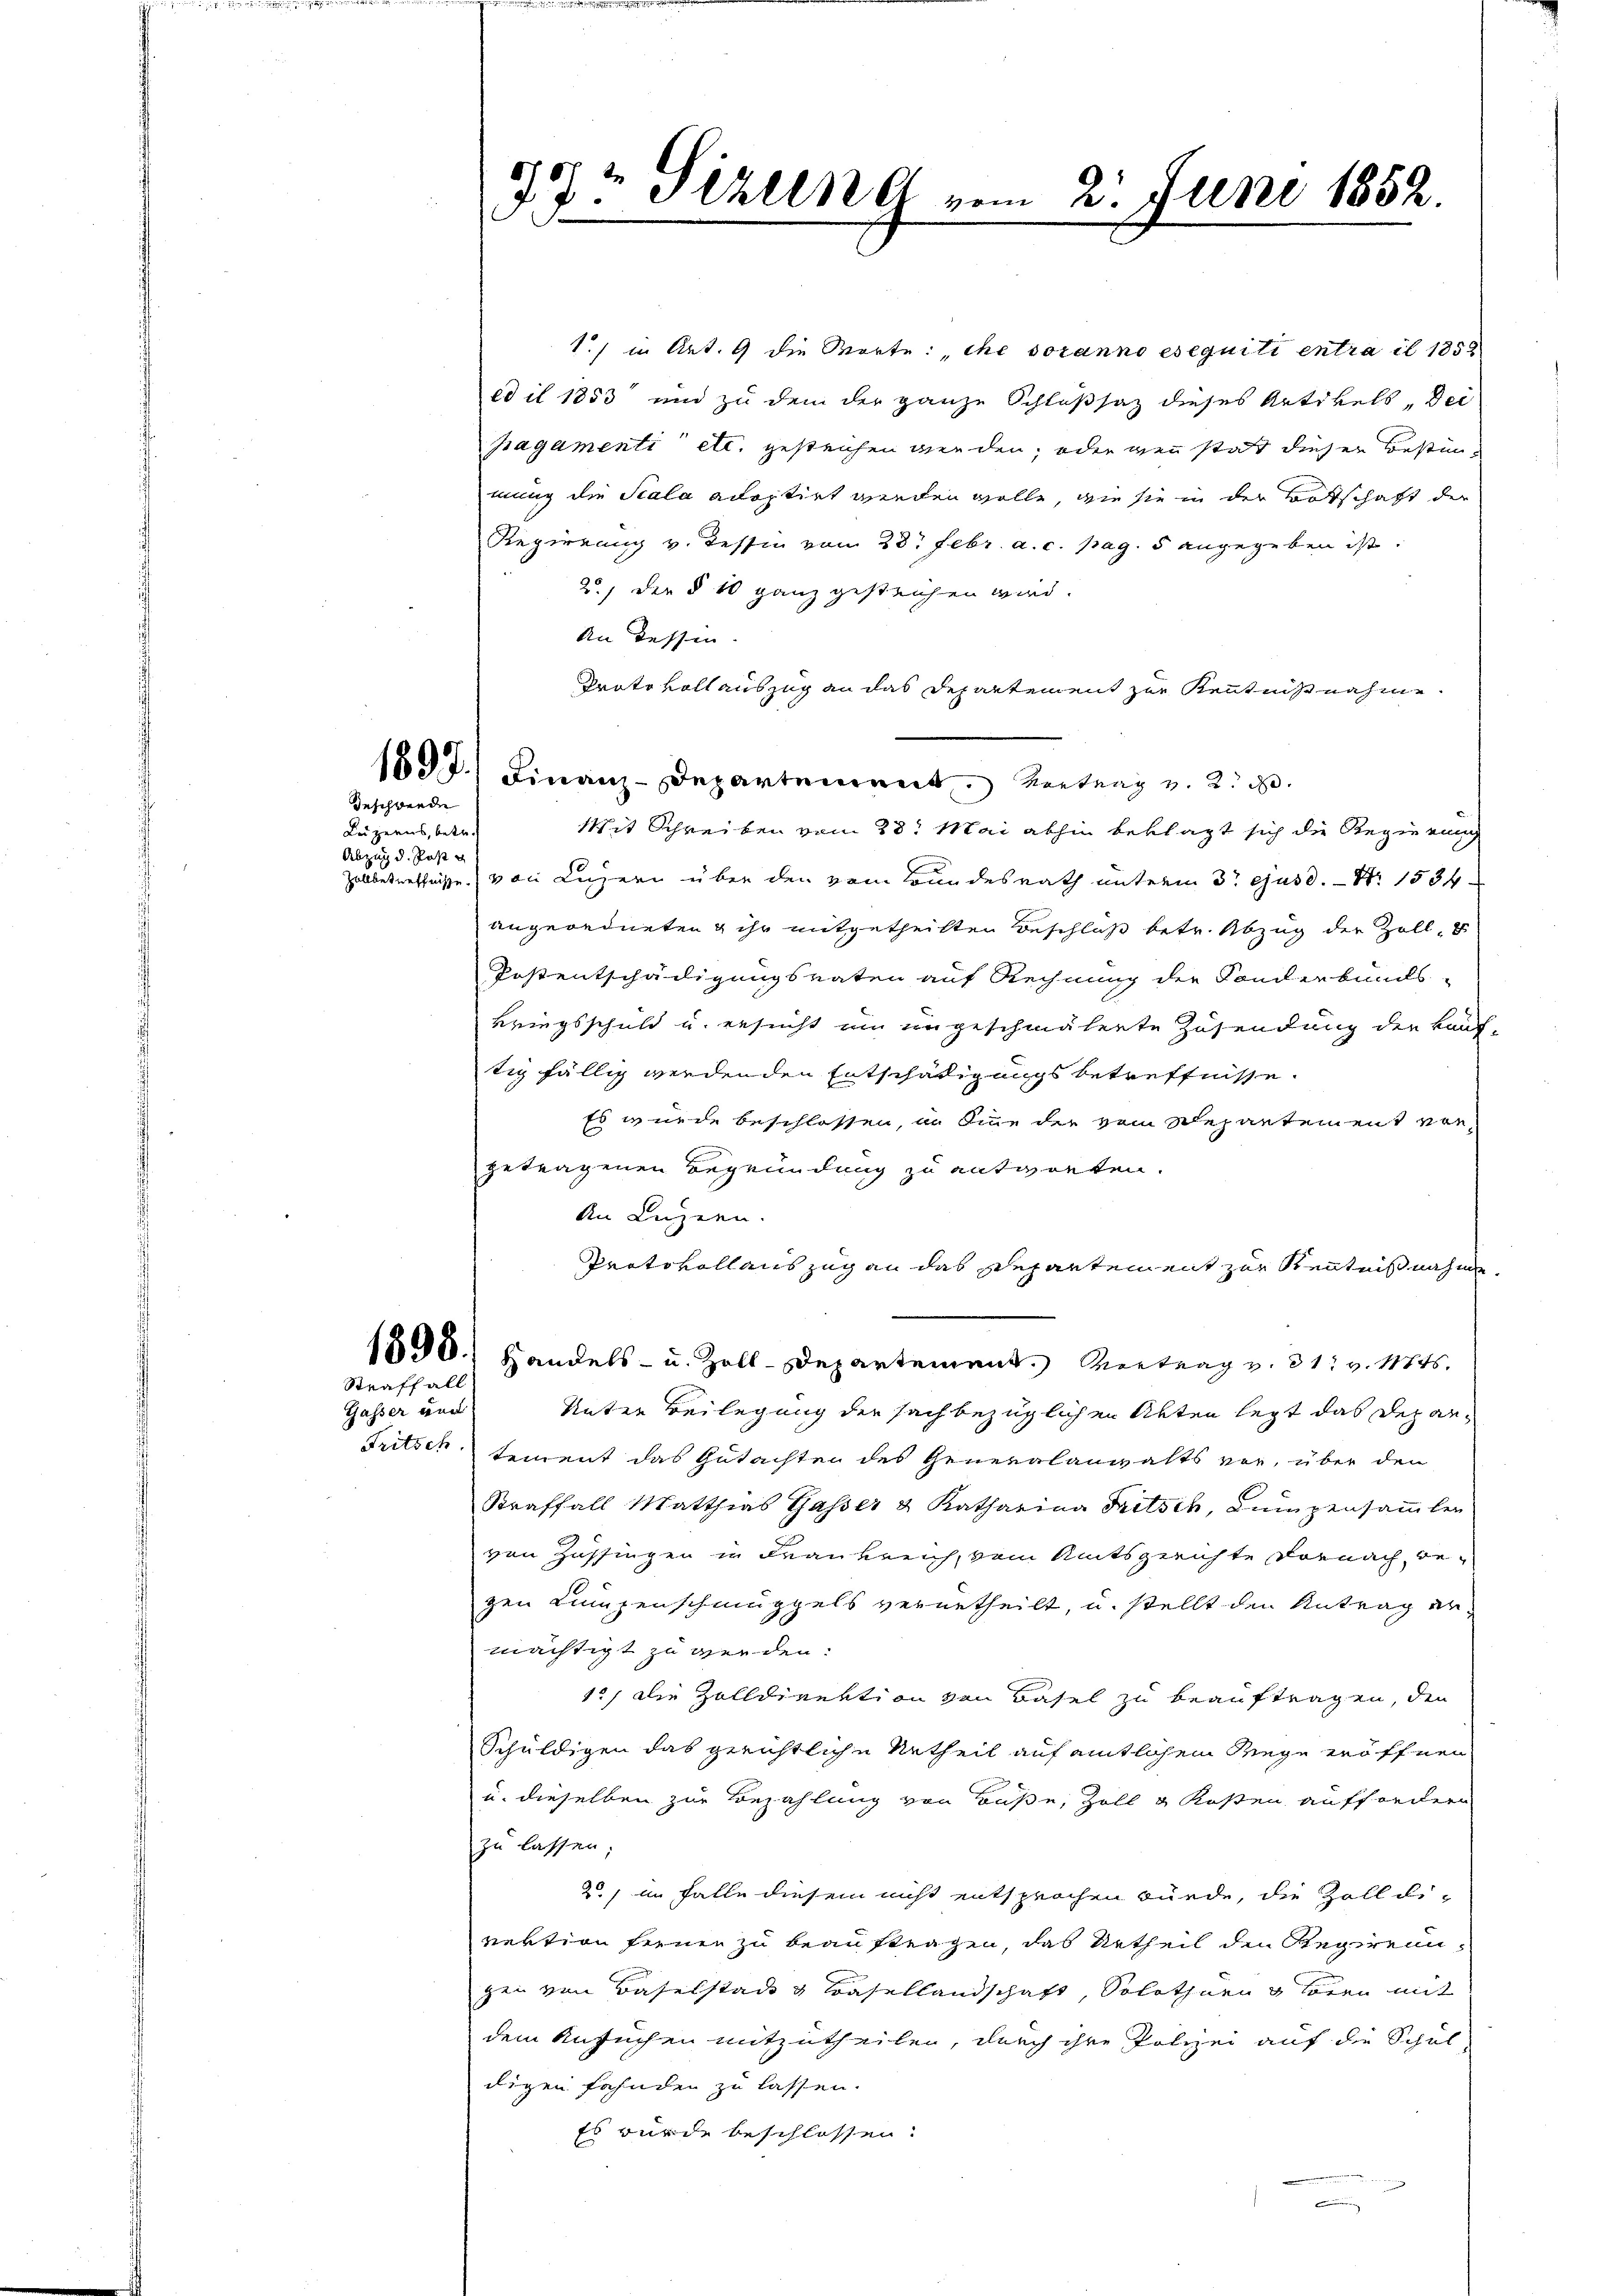
Beschwerde
Luzerns, betr.
Abzug d. Post g

Straffall
Gasser und

77t Sizung vom 2. Juni 1852.

1.) in Art. 9 die Worte: „che voranno eseguiti entra il 1858
ed il 1853 und zu dem der ganze Schlußsatz dieses Artikels, dei
pagamenti etc. gesteichen werden, oder gen statt dieser Bestimmung die Scala adoptirt werden wolle, wie sie in der Botschaft der
Regierung v. Tessin von 28. Febr. a. c. pag. 5 angegeben ist.
2., der § 10 ganz gestreichen wird.
An dessen.
Prato voll auszug an das Departement zur Kenntnißnahme.
189 f. Finanz-Departement. Vertrag v. 2. d.
Mit Schreiben vom 28. Mai abhin beklagt sich die Regierung
Zalbetreffnisse von Luzern über den vom Bundesrath unterm 3t ejusd. - Nr. 1534
angeordneten & ihr mitgetheilten Beschluß betr. Abzug der Zoll-
Postentschädigungsraten auf Rechnung der Sonderbunds-
Bringsschuld u. ersucht um ungeschmälerte Zusendung der Kauf-
tig fällig werdenden Entschädigungs betreffnisse.
Es wurde beschlossen, in Sinne der vom Separtement vorgetragenen Begründung zu antworten.
An Luzern.
Protokoll auszug an das Repartement zur Kenntnißnahme
1890.) Handels- u. Zoll-Departement. Vortrag v. 31. v. 11845.
Unter Beilegung der sachbezüglichen Akten legt das Depar¬
Tritsch tement das Gutachten des Generalanwalts vor, über den
Sraffall Matthias Gasser & Katharina Tritsch, Lumpensammler
von Zassingen in Frankreich, vom Amtsgerichte Dornach bezen Lumpenschmuggels verurtheilt, u. stellt den Antrag de
mächtigt zu werden.
1., die Zolldirektion von Basel zu beauftragen, den
Schuldigen das gerichtliche Urtheil auf amtlichem Wege eröffnen
u. dieselben zur Bezahlung von Buße, Zoll u Kosten auffordern
zu lassen;
2) in Falle diesem nicht entsprochen würde, die Zolldirektion fernen zu beauftragen, das Urtheil den Regirennzen von Baselstadt & Basellandschaft, Solothurn u hören mit
dem Ansuchen mitzutheilen, durch ihre Polizei auf die Schul
digen fahnden zu lassen.
Es wurde beschlossen.